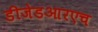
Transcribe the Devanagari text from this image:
डीजेडआरएच